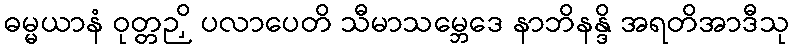
ဓမ္မယာနံ ဝုတ္တဉှိ ပလာပေတိ သီမာသမ္ဘေဒေ နာဘိနန္ဒိ အရတိအာဒီသု